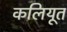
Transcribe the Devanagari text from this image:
कलियूत